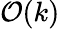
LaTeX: {\mathcal{O}}(k)